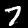
Digit: 7